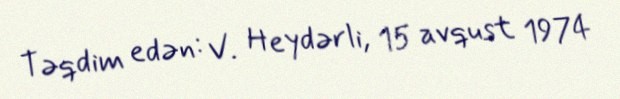
Təqdim edən: V. Heydərli, 15 avqust 1974